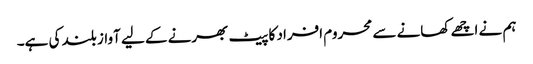
ہم نے اچھے کھانے سے محروم افراد کا پیٹ بھرنے کے لیے آواز بلند کی ہے۔